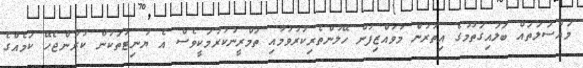
މައްސަލަތައް ބަލައިގަތުމުގެ އިތުރުން މުވައްޒިފުން ހޭލުންތެރިކުރުވުމާއި ތަމްރީނުކުރުމަކީވެސް އެ ޔުނިޓުތަކުން ކުރަންޖެހޭ ކަމެއްގެ